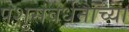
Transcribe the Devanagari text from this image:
पशुसंवर्धनाच्या